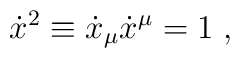
\dot x^2 \equiv \dot x_\mu \dot x^\mu = 1 \; ,